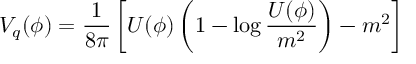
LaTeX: V _ { q } ( \phi ) = \frac { 1 } { 8 \pi } \left[ U ( \phi ) \left( 1 - \log \frac { U ( \phi ) } { m ^ { 2 } } \right) - m ^ { 2 } \right]